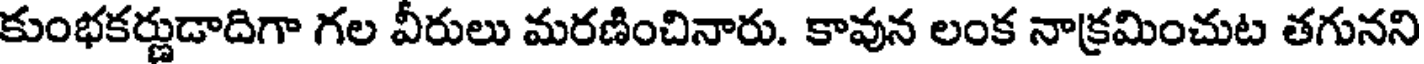
కుంభకర్ణుడాదిగా గల వీరులు మరణించినారు. కావున లంక నాక్రమించుట తగునని